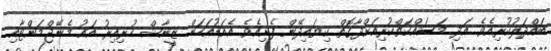
ބައްދަލުކުރިއެވެ. އަދި މަސައްކަތްކުރިއަށްދާގޮތް ކިޔައިދޭން ފެށިއެވެ. އެއަޑުއަހަން ޒީނާޝް ހުރިއިރު އައު މެނޭޖްމަންޓާއި